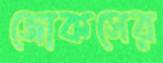
জোকসের